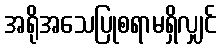
အရိုအသေပြုစရာမရှိလျှင်